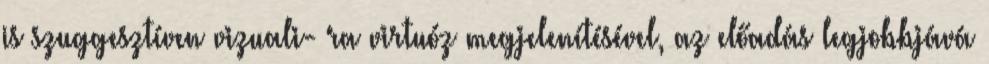
is szuggesztíven vizuali- ra virtuóz megjelenítésével, az előadás legjobbjává